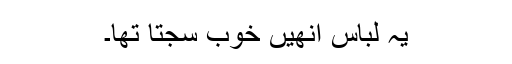
یہ لباس انھیں خوب سجتا تھا۔